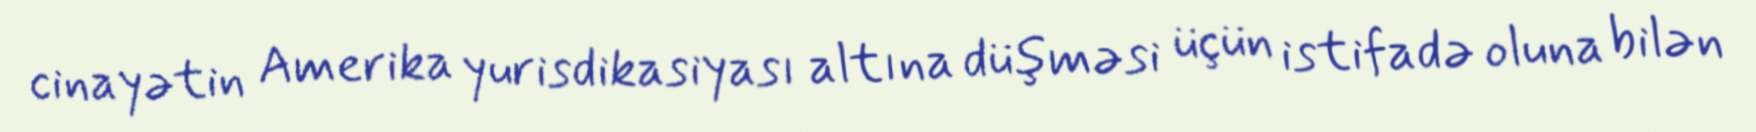
cinayətin Amerika yurisdikasiyası altına düşməsi üçün istifadə oluna bilən